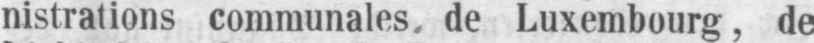
nistrations communales de Luxembourg, de